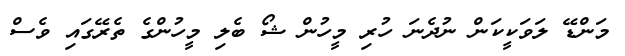
މަންޑޭ ލަވަކީކަން ނުދެނަ ހުރި މީހުން ޝޯ ބެލި މީހުންގެ ތެރޭގައި ވެސް